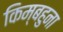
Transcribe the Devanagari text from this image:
किम्बहुना